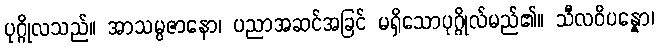
ပုဂ္ဂိုလသည်။ အာသမ္ပဇာနော၊ ပညာအဆင်အခြင် မရှိသောပုဂ္ဂိုလ်မည်၏။ သီလဝိပန္နော၊